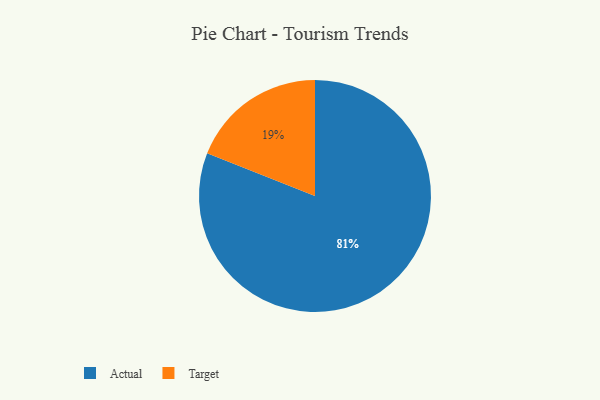
{"axis": {"x": "Category", "y": "Percentage"}, "legend": ["Actual", "Target"], "data": [{"x": "Target", "y": 19, "type": "Target"}, {"x": "Actual", "y": 81, "type": "Actual"}]}